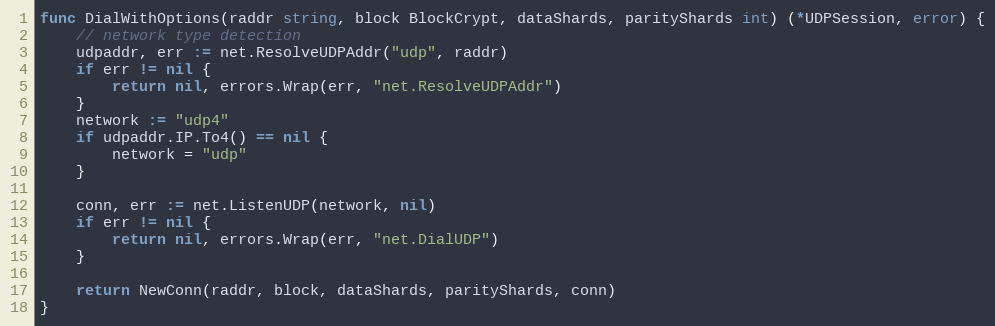
Language: Go
func DialWithOptions(raddr string, block BlockCrypt, dataShards, parityShards int) (*UDPSession, error) {
	// network type detection
	udpaddr, err := net.ResolveUDPAddr("udp", raddr)
	if err != nil {
		return nil, errors.Wrap(err, "net.ResolveUDPAddr")
	}
	network := "udp4"
	if udpaddr.IP.To4() == nil {
		network = "udp"
	}

	conn, err := net.ListenUDP(network, nil)
	if err != nil {
		return nil, errors.Wrap(err, "net.DialUDP")
	}

	return NewConn(raddr, block, dataShards, parityShards, conn)
}